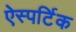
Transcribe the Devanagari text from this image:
ऐस्पर्टिक